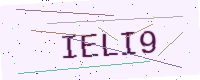
Text: IELI9